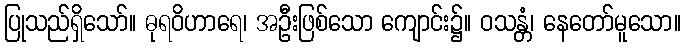
ပြုသည်ရှိသော်။ ဓုရဝိဟာရေ၊ အဦးဖြစ်သော ကျောင်း၌။ ဝသန္တံ၊ နေတော်မူသော။